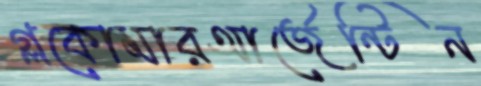
গ্লকোমারআর্জেন্টিন